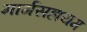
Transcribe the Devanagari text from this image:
मार्गसहायम